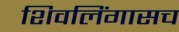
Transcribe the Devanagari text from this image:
शिवलिंगासच